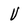
Character: U